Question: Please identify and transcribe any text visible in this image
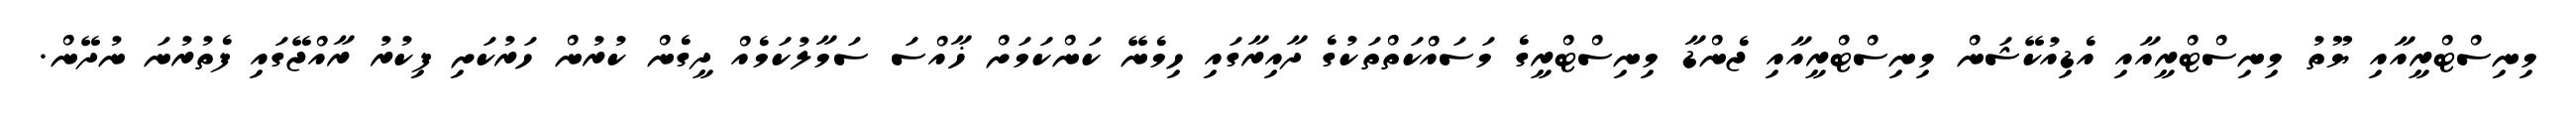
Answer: މިނިސްޓްރީއާއި ޔޫތު މިނިސްޓްރީއާއި އެޑިއުކޭޝަން މިނިސްޓްރީއާއި ޖެންޑާ މިނިސްޓްރީގެ މަސައްކަތްތަކުގެ ދާއިރާގައި ހިމެނޭ ކަންކަމަށް ޚާއްސަ ސަމާލުކަމެއް ދީގެން ކުރުން ހަރުކަށި ފިކުރު ރާއްޖޭގައި ފެތުރުނަ ނުދޭން.